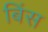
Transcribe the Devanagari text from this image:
बिंस